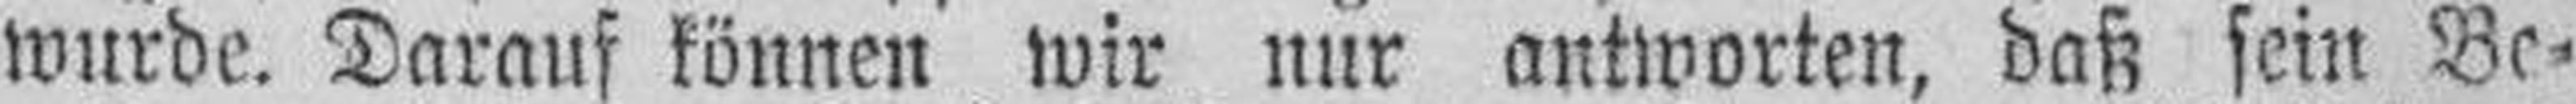
wurde. Darauf können wir nur antworten, daß sein Be¬